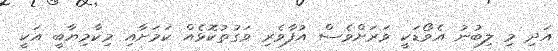
އަދި މި ލިބުނު އެވޯޑަކީ ވަރަށްވެސް އުފާވެރި ވަގުތުކޮޅެއް ކަމަށާއި މިކާމިޔާބީ އަކީ